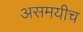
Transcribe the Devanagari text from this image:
असमयीच